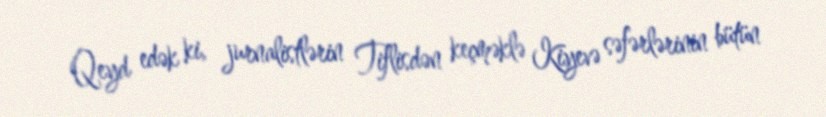
Qeyd edək ki, jurnalistlərin Tiflisdən keçməklə Kiyevə səfərlərinin bütün